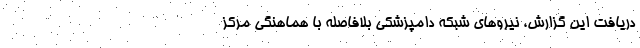
دریافت این گزارش، نیرو‌های شبکه دامپزشکی بلافاصله با هماهنگی مرکز